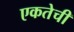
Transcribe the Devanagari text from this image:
एकतेची